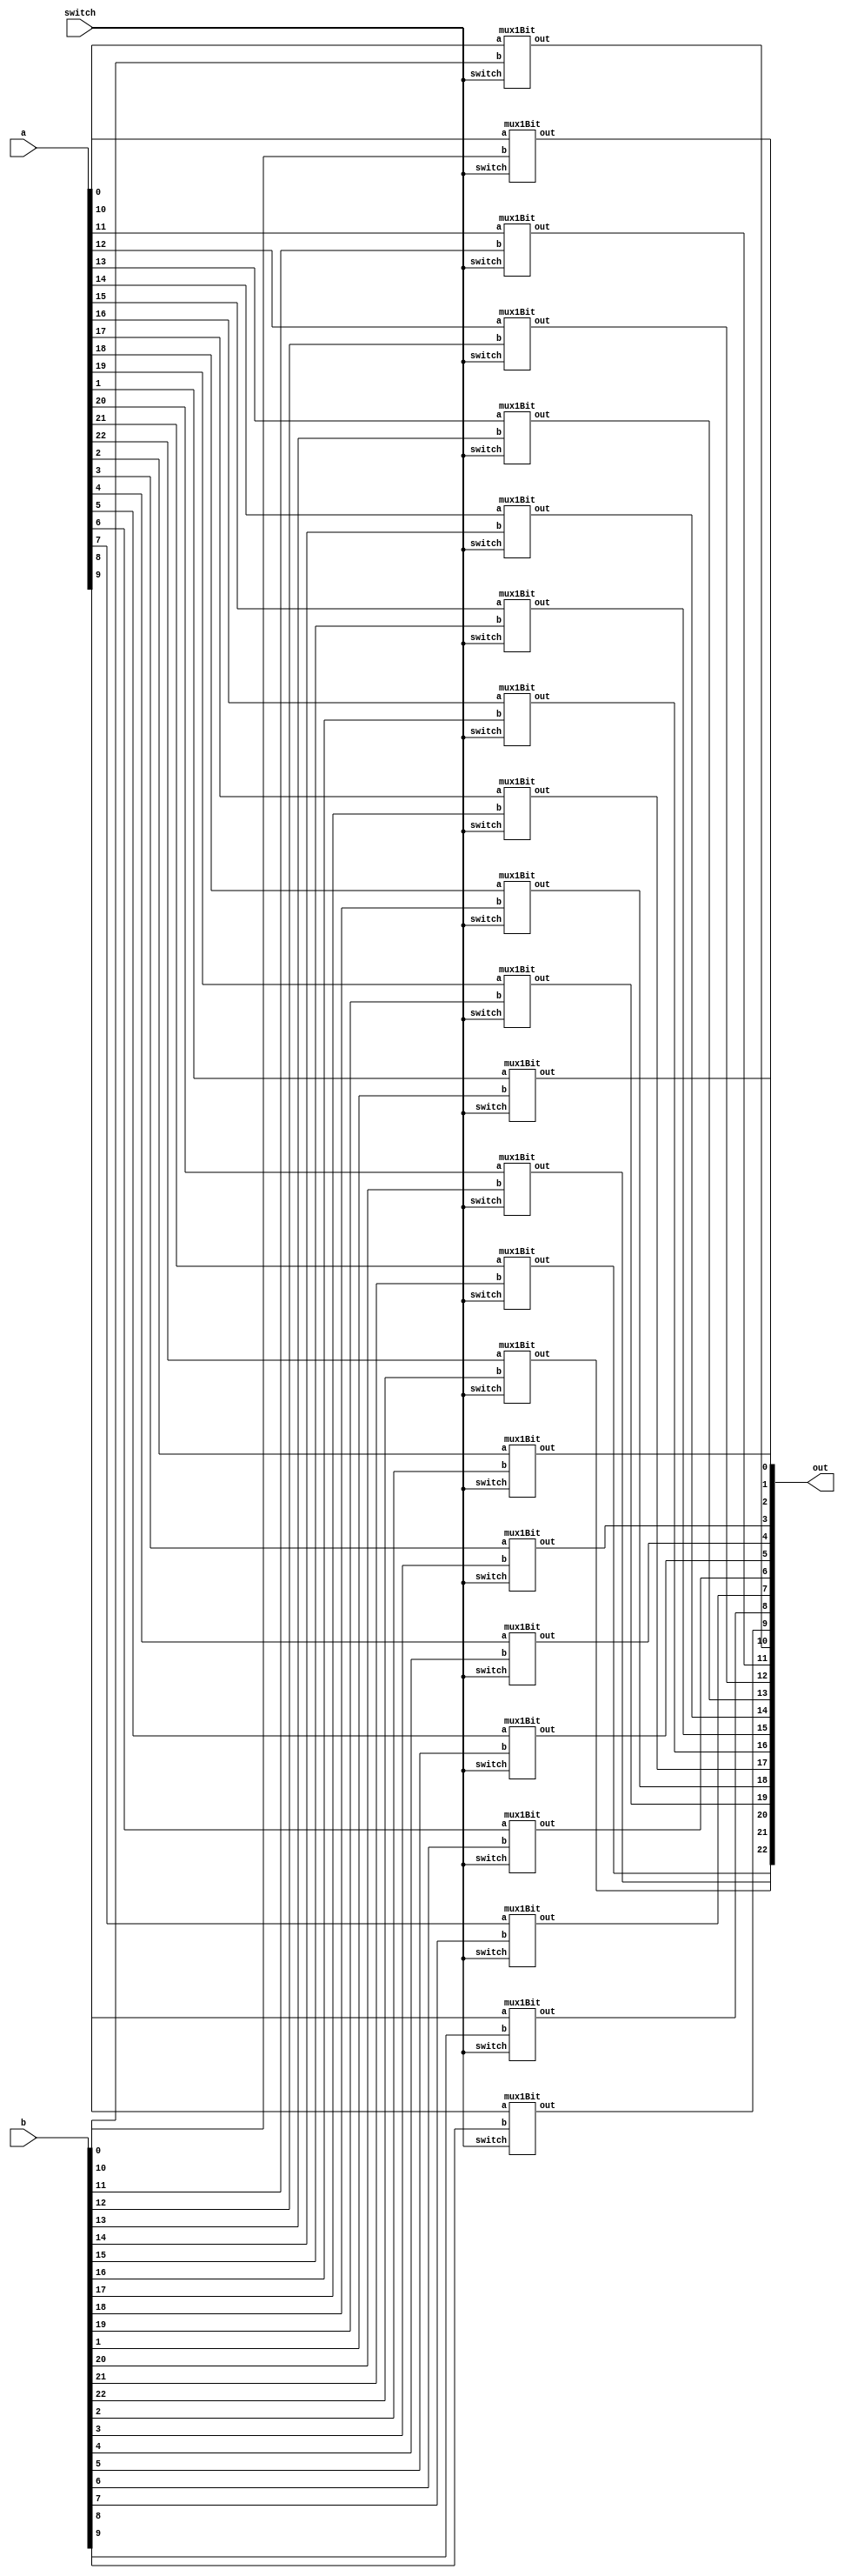

/*
if switch == 0, out = a
if switch == 1, out = b
INPUTS:
	a = 23 bits
	b = 23 bits
	switch = toggle inputs to output
OUTPUTS:
	out = 23 bits
*/
module mux23(a, b, switch, out);
	// inputs 
	input [22:0] a,b;
	input switch;
	// outputs
	output [22:0] out;

	// create 8 1-bit muxes
	genvar i;
	generate
		for (i=0; i<23; i=i+1)
		begin : genmux23
			mux1Bit mux(.a(a[i]), .b(b[i]), .switch(switch), .out(out[i]));
		end
	endgenerate

endmodule //mux23

/*
if switch == 0, out = a
if switch == 1, out = b
INPUTS:
	a = 32 bits
	b = 32 bits
	switch = toggle inputs to output
OUTPUTS:
	out = 32 bits
*/
module mux32(a, b, switch, out);
	// inputs 
	input [31:0] a,b;
	input switch;
	// outputs
	output [31:0] out;

	// create 32 1-bit muxes
	genvar i;
	generate
		for (i=0; i<32; i=i+1)
		begin : genmux32
			mux1Bit mux(.a(a[i]), .b(b[i]), .switch(switch), .out(out[i]));
		end
	endgenerate

endmodule //mux32

/*
if switch == 0, out = a
if switch == 1, out = b
INPUTS:
	a = 1 bit
	b = 1 bit
	switch = toggle inputs to output
OUTPUTS:
	out = 1 bit
*/
module mux1Bit(a, b, switch, out);
	//inputs
	input a,b, switch;
	//outputs
	output out;
	//internal wires
	wire enableA, enableB;

	//logic
	and and0(enableA, a, ~switch);
	and and1(enableB, b, switch);
	or or0(out, enableA, enableB);

endmodule //mux1Bit